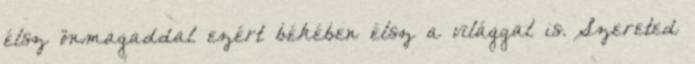
élsz önmagaddal ezért békében élsz a világgal is. Szereted